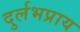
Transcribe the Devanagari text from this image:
दुर्लभप्राय